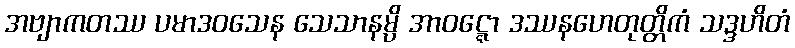
အဗျာကတဿ ပမာဒဝသေန သေသာနမ္ပိ အာဝဋ္ဋော ဒဿနဟေတုတ္တိကံ သဒ္ဒဟိတံ